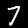
Label: 7